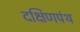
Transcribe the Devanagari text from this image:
दक्षिणपंथ